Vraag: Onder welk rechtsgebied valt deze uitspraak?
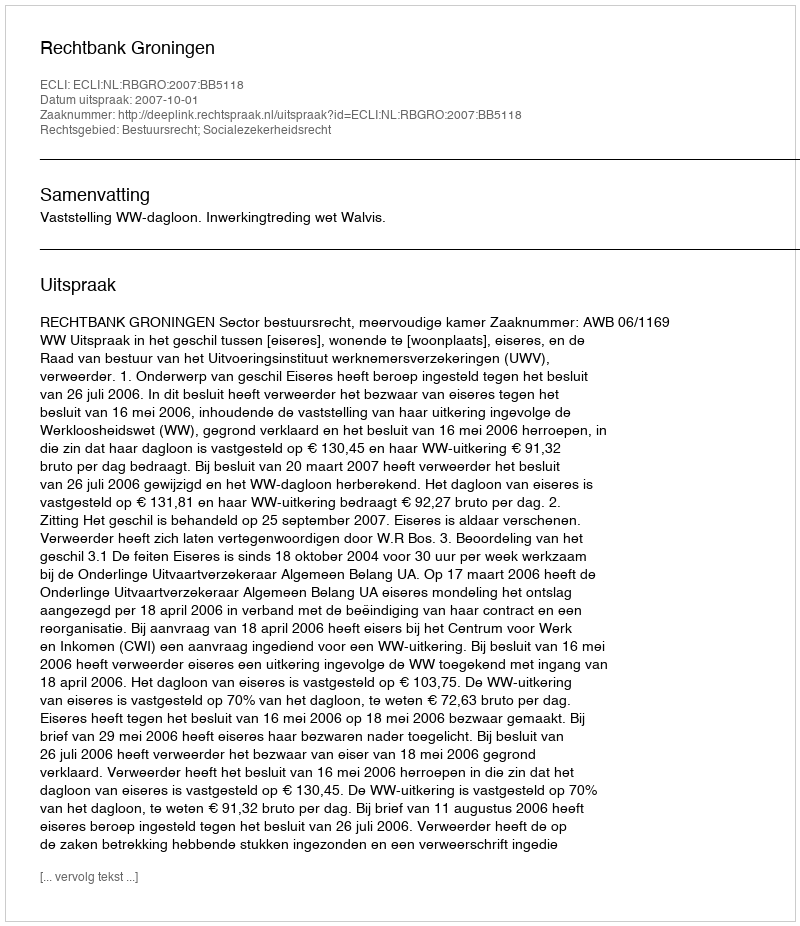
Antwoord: Bestuursrecht; Socialezekerheidsrecht